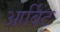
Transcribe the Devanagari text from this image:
आर्बिट